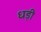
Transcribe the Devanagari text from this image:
धड़ी